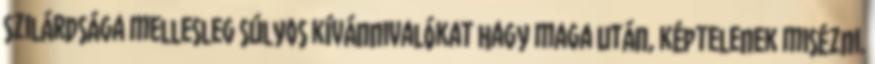
szilárdsága mellesleg súlyos kívánnivalókat hagy ma­ga után, képtelenek misézni.